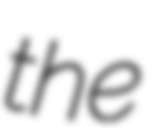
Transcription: the